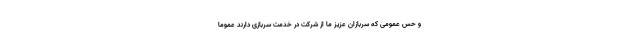
و حس عمومی که سربازان عزیز ما از شرکت در خدمت سربازی دارند عموماً